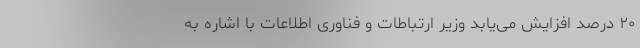
٢٠ درصد افزایش می‌یابد وزیر ارتباطات و فناوری اطلاعات با اشاره به